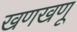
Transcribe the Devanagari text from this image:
खणखणू